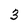
Character: 3